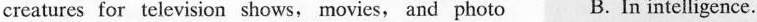
creatures for television shows, movies, and photo B. In intelligence.